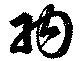
羽